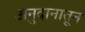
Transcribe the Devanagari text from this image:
अनुदानातून